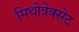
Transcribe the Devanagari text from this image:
मिथोत्रेक्सेट